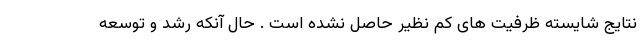
نتایج شایسته ظرفیت های کم نظیر حاصل نشده است . حال آنکه رشد و توسعه